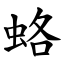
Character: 蛒